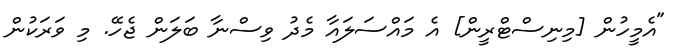
"އެމީހުން [މިނިސްޓްރީން] އެ މައްސަލައާ މެދު ވިސްނާ ބަލަން ޖެހޭ. މި ވަރަކުން